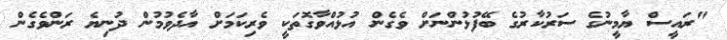
"ރައީސް ޔާމީނުގެ ސަރުކާރުގެ ބޭފުޅުންނަށް ވެގެން އުޅުއްވާގޮތަކީ ވެރިކަމަށް އާދެވުމުން ދުނިޔެ ރަންވެގެން